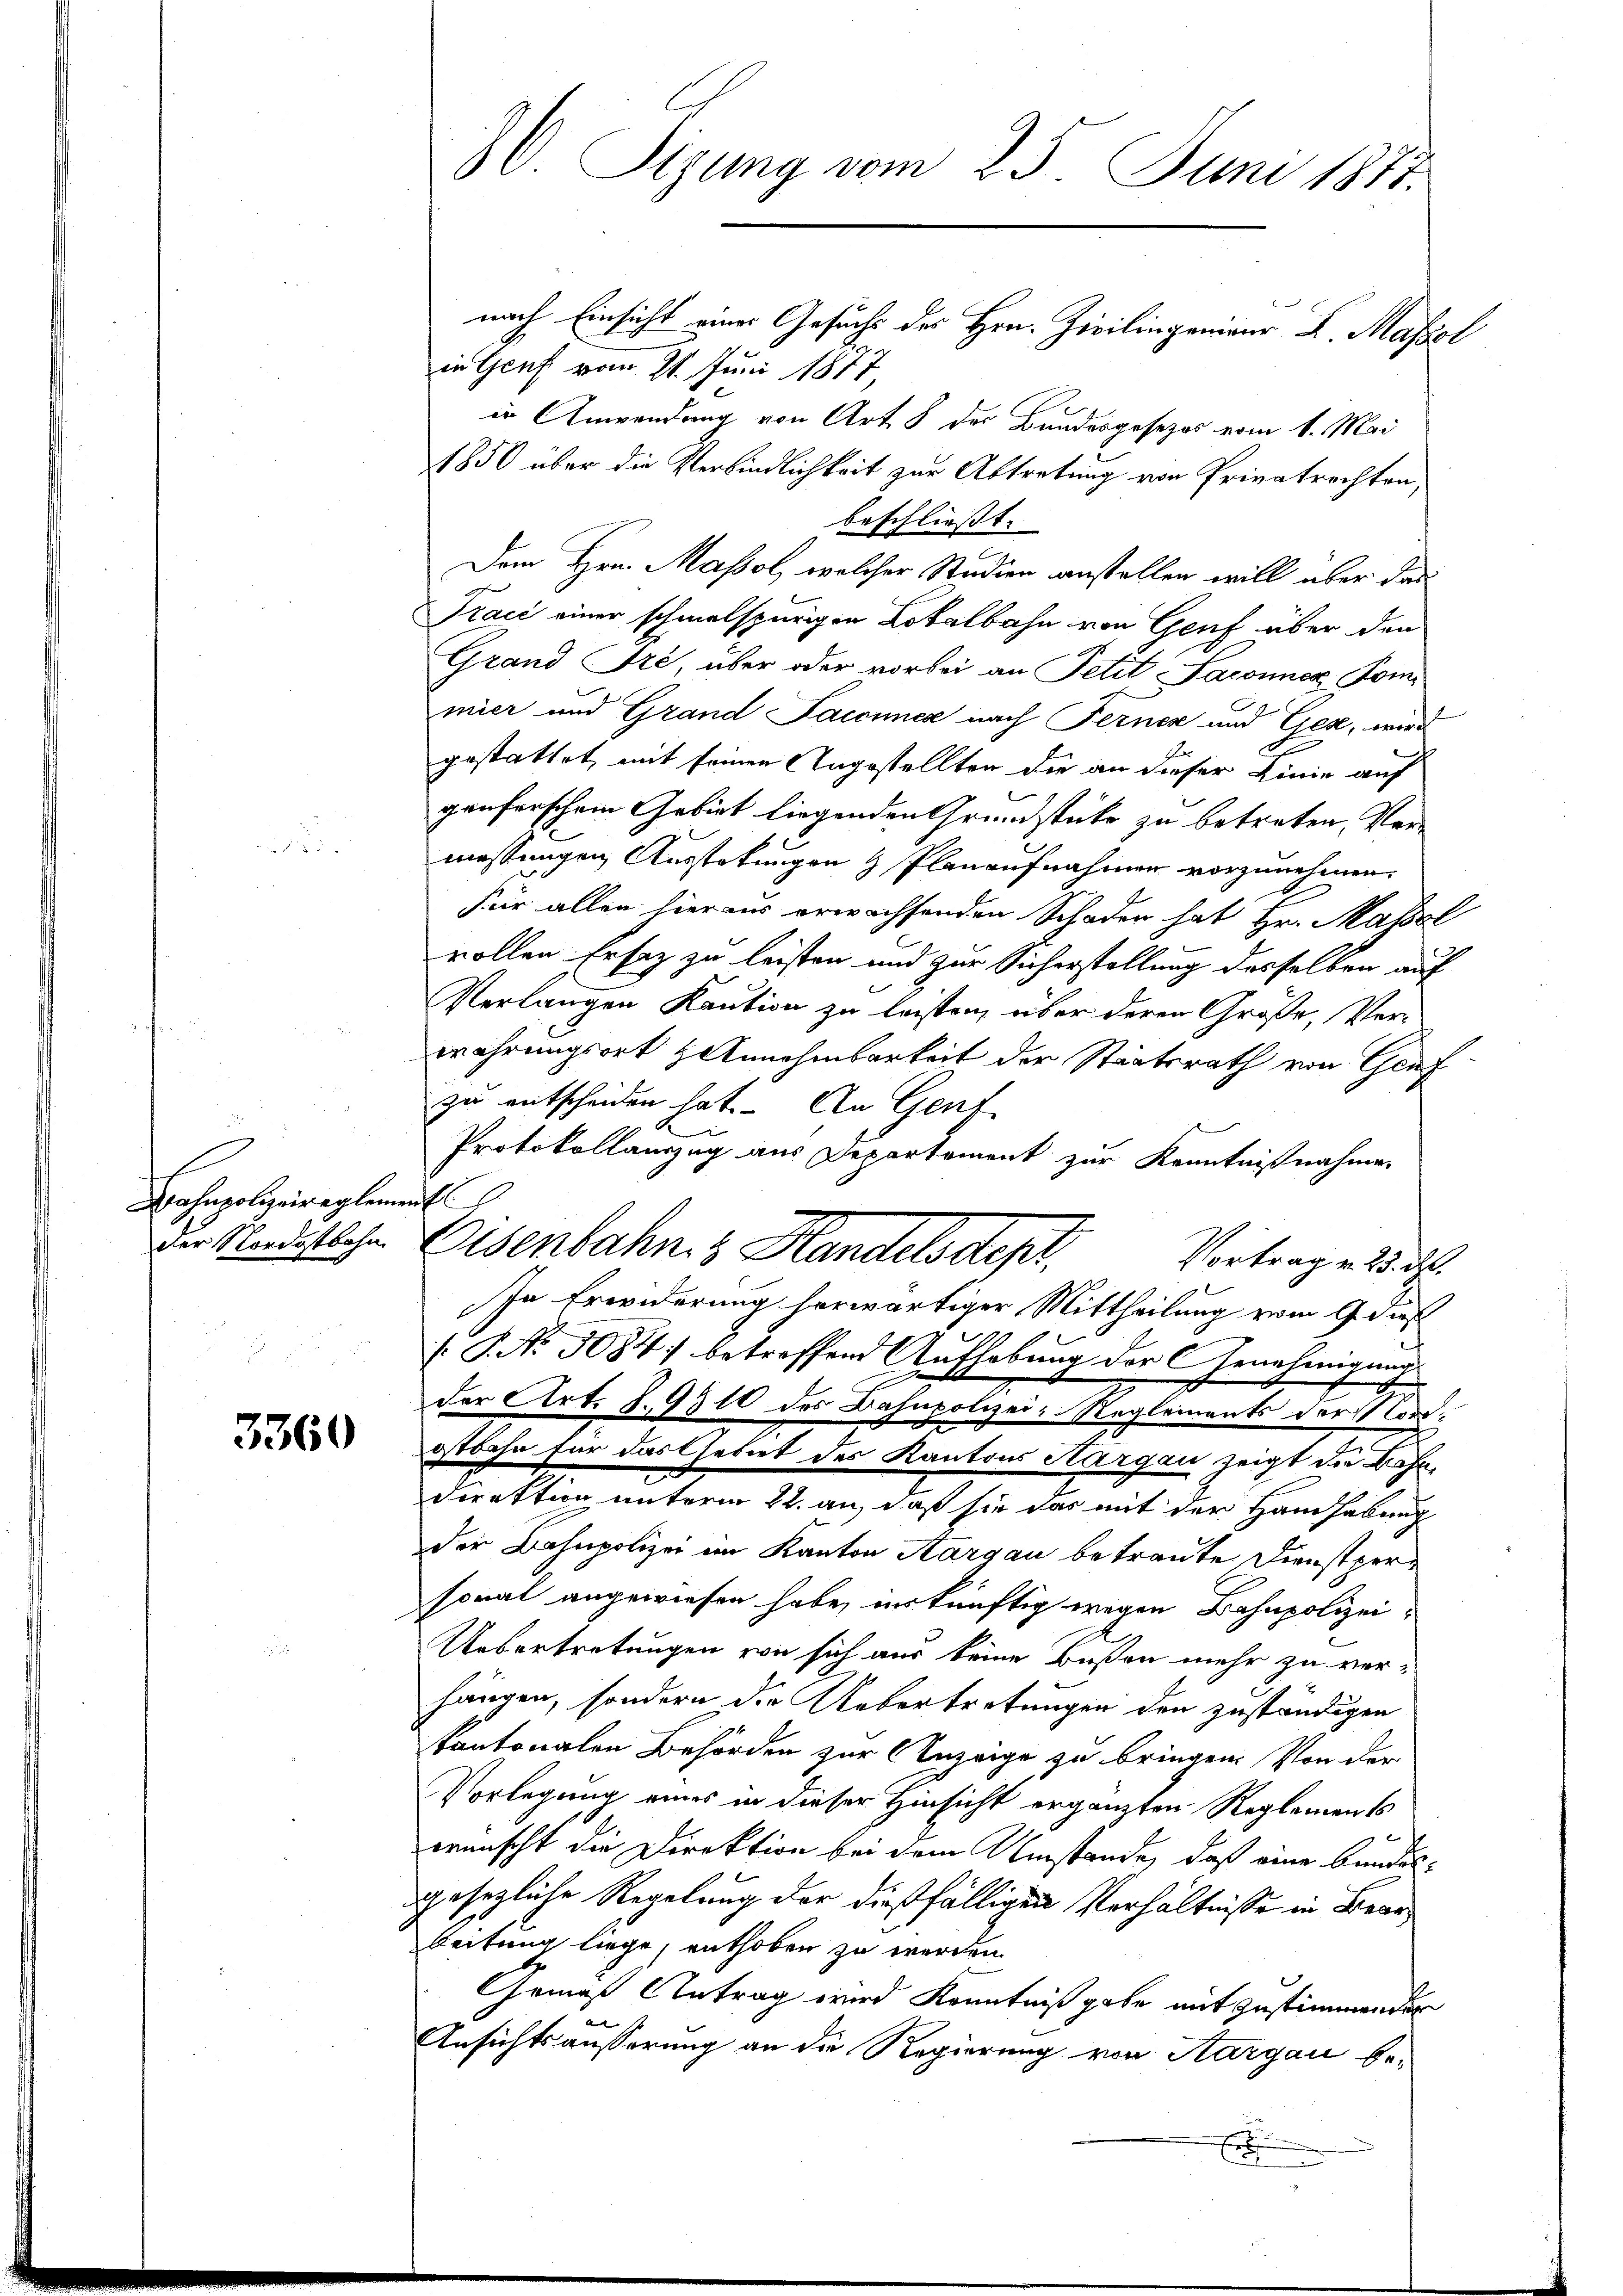
Bahnpolizeireglement

3360

30. Sizung vom 25. Juni 1875.

in Genf vom 21. Juni 1877,
in Anwendung von Art. 8 der Bundesgesezes vom 1. Mai
1850 über die Verbindlichkeit zur Abtretung von Privatrechten,
beschliesst. |
Dem Hrn. Massel, welcher Studien anstellen will über das
Fraić einer schmalspurigen Lokalbahn von Genf über den
Grand Pré, über oder vorbei an Petit Saconner Pom
mier und Grand Jaconnes nach Ferner und Gese, wird
d
gestattet, mit seinen Angestellten die an dieser Linie auf
genferschem Gebiet liegenden Grundstücke zu betreten, Ver
messungen Ausstekungen & Planaufnahmen vorzunehmen.
für allen hieraus erwachsenden Schaden hat Hr. Malsal
rollen Ersez zu leisten und zur Sicherstellung desselben auf
Verlangen Kaution zu leisten, über deren Größe, Ver-
wahrungsort Annehmbarkeit der Staatsrath von Graf
zu entscheiden hat. – An Genf
Protokollauszug aus Departement zur Kenntnißnahmen
Der Nordstlohn Eisenbahn & Handelsdepr
Vortrag v. 23. M.
In Erwiderung herwärtiger Mittheilung vom 9. dieß
[.P. No 1084 betreffend Aufhebung der Genehmigung
der Art. 8. 9310 des Bahnpolizei-Reglements der Nordostbahn für das Gebiet des Kantons Aargau zeigt die Bahn¬
Direktion unterm 22. an, daß sie das mit der Handhabung
der Bahnpolizei im Kanton Aargau betraute Dienstpersorat angewiesen habe, unkünftig wegen Bahnpolizei¬
Uebertretungen von sich aus keine Bußen mehr zu ver-
hängen, sondern die Uebertretungen den zuständigen
kantonalen Behörden zur Anzeige zu bringen. Von der
Vorlegung eines in dieser Hinsicht ergänzten Reglements
wünscht die Direktion bei dem Umstände, daß eine bundes-
gesezliche Regelung der dießfälligen Verhältnisse in Bearbeitung liege, enthoben zu werden.
Gemäß Antrag wird Kenntniß gabe mit Zustimmender
Ansichtsäusserung an die Regierung von Aargau be-
E

nach Einsicht einer Gesuchs des Hrn. Zivilingenieur F Massel